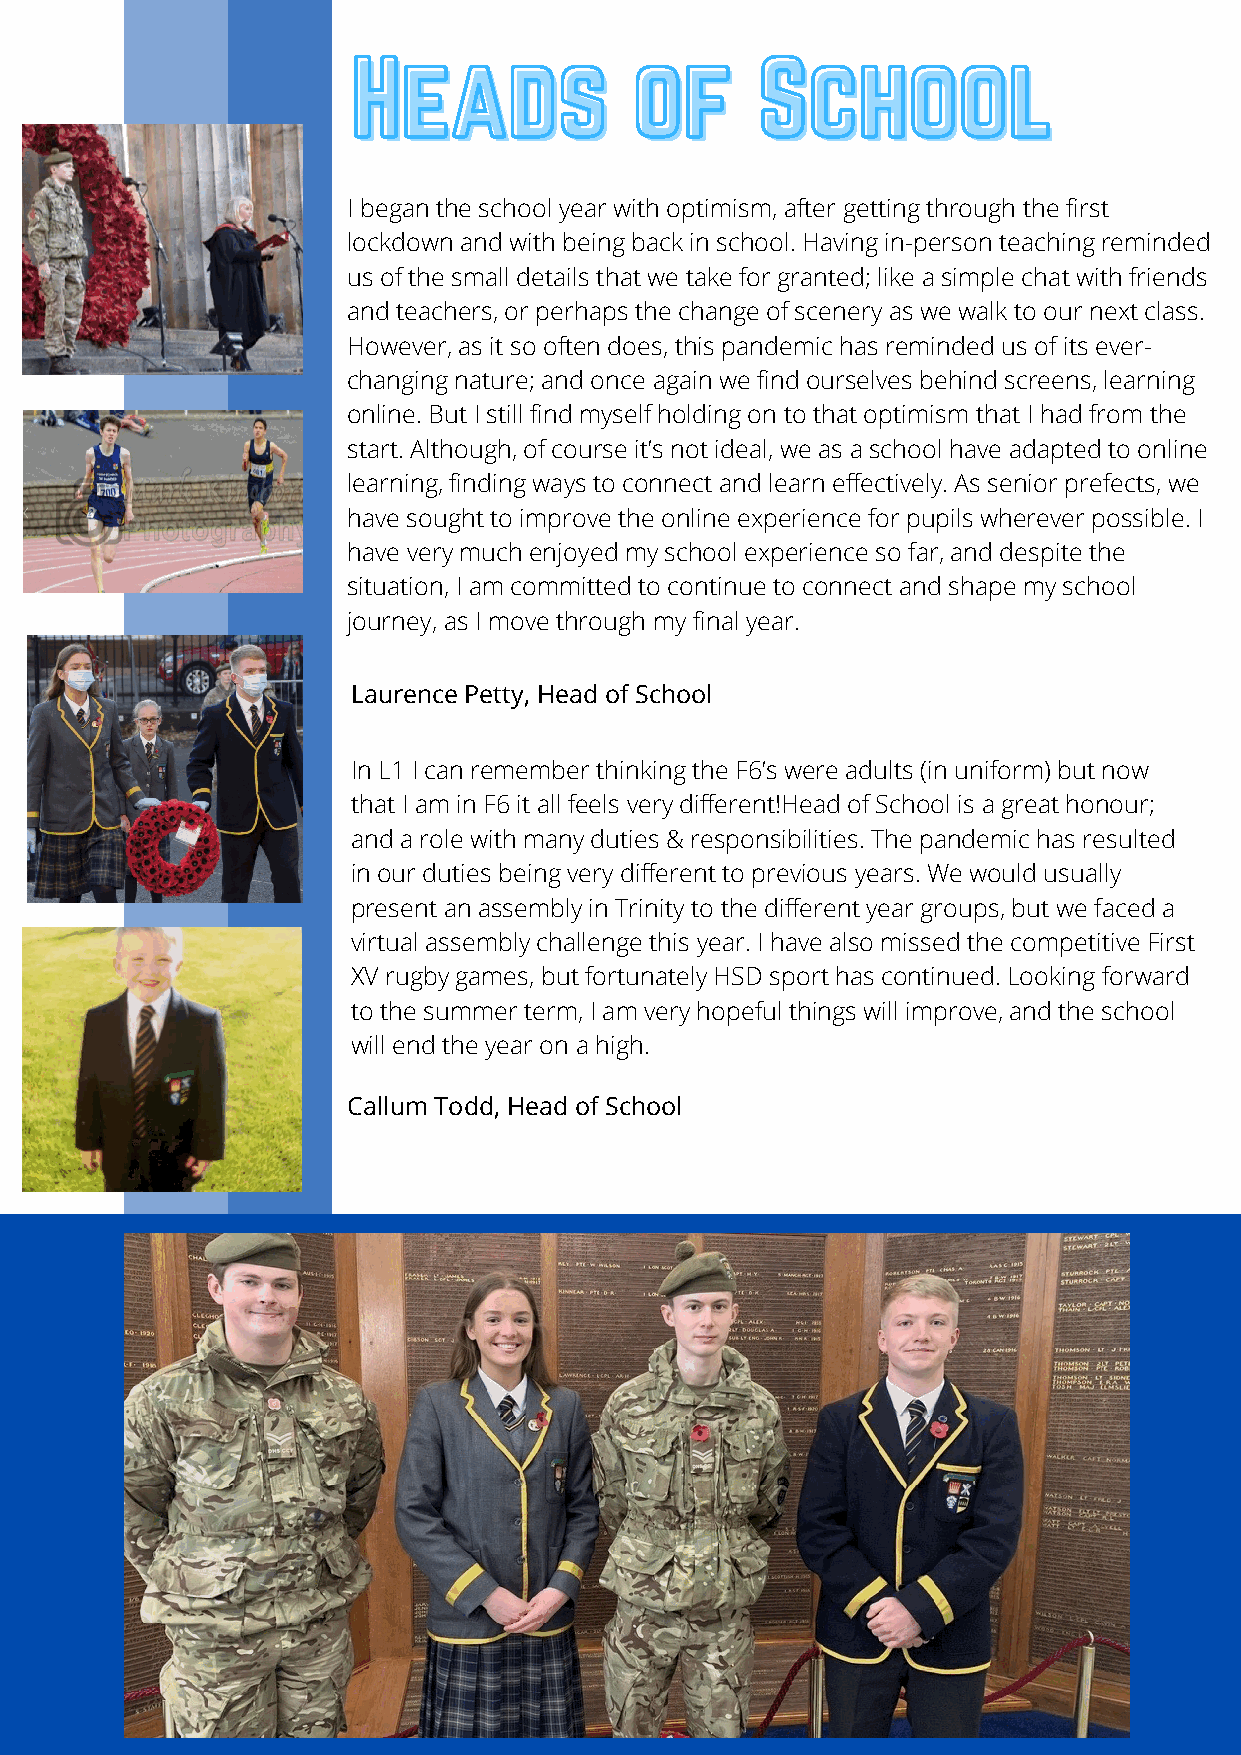
HHHeeeaaadddsss    ooofff  SSSccchhhoooooolll
 I began the school year with optimism, after getting through the first
 lockdown and with being back in school. Having in-person teaching reminded
 us of the small details that we take for granted; like a simple chat with friends
 and teachers, or perhaps the change of scenery as we walk to our next class.
 However, as it so often does, this pandemic has reminded us of its ever-
 changing nature; and once again we find ourselves behind screens, learning
 online. But I still find myself holding on to that optimism that I had from the
 start. Although, of course it’s not ideal, we as a school have adapted to online
 learning, finding ways to connect and learn effectively. As senior prefects, we
 have sought to improve the online experience for pupils wherever possible. I
 have very much enjoyed my school experience so far, and despite the
 situation, I am committed to continue to connect and shape my school
 journey, as I move through my final year.
 Laurence Petty, Head of School
 In L1 I can remember thinking the F6’s were adults (in uniform) but now
 that I am in F6 it all feels very different!Head of School is a great honour;
 and a role with many duties & responsibilities. The pandemic has resulted
 in our duties being very different to previous years. We would usually
 present an assembly in Trinity to the different year groups, but we faced a
 virtual assembly challenge this year. I have also missed the competitive First
 XV rugby games, but fortunately HSD sport has continued. Looking forward
 to the summer term, I am very hopeful things will improve, and the school
 will end the year on a high.
 Callum Todd, Head of School